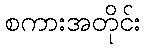
စကားအတိုင်း